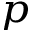
_ p